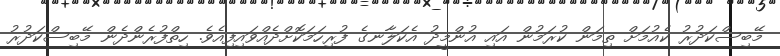
މޭބިސްކަދުރު ކެއުމަށް ތިމަން ކުރަމުން އައި އުންމީދު އެކަލާނގެ ފުރިހަމަކޮށްދެއްވައިފިއެވެ. ހިތްފުރެންދެން މޭބިސްކަދުރު